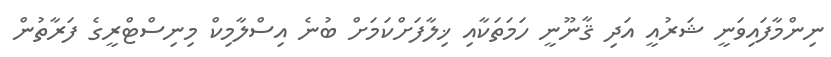
ނިންމާފައިވަނީ ޝަރުއީ އަދި ޤާނޫނީ ހަމަތަކާއި ޚިލާފަށްކަމަށް ބުނެ އިސްލާމިކް މިނިސްޓްރީގެ ފަރާތުން